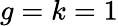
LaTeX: g=k=1